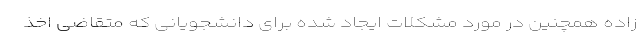
زاده همچنین در مورد مشکلات ایجاد شده برای دانشجویانی که متقاضی اخذ